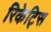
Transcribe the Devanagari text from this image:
रिकेट्सि